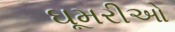
ઘૂમરીઓ